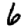
Digit: 6